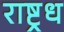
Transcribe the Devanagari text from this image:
राष्ट्रध